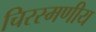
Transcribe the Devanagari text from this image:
चिरस्मणीय